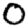
Digit: 0